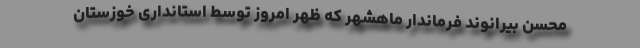
محسن بیرانوند فرماندار ماهشهر که ظهر امروز توسط استانداری خوزستان